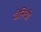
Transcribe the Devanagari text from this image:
जेनिची